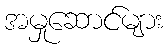
အမှုဆောင်များ